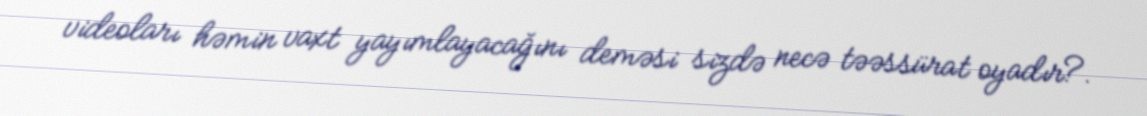
videoları həmin vaxt yayımlayacağını deməsi sizdə necə təəssürat oyadır?.